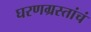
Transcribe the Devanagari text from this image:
घरणग्रस्तांचं